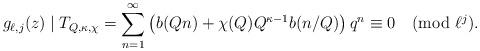
LaTeX: \begin{align*}g_{\ell,j}(z)\mid T_{Q,\kappa,\chi}=\sum_{n=1}^{\infty}\left(b(Qn)+\chi(Q)Q^{\kappa-1}b(n/Q)\right)q^n\equiv0\pmod{\ell^j}.\end{align*}